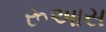
રૂઆસ